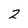
Character: 2